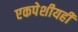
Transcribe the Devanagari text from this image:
एकपेशीयही